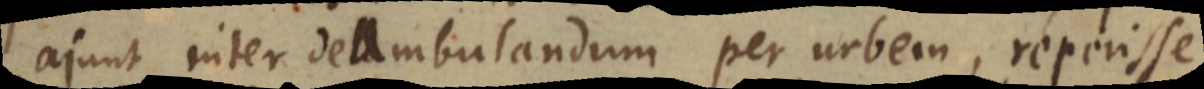
ajunt inter deambulandum per urbem, reperisse